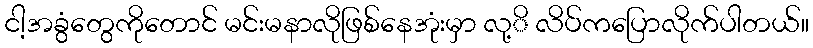
ငါ့အခွံတွေကိုတောင် မင်းမနာလိုဖြစ်နေအုံးမှာ လု့ိ လိပ်ကပြောလိုက်ပါတယ်။